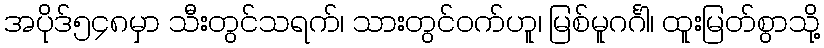
အပိုဒ်၅၄၈မှာ သီးတွင်သရက်၊ သားတွင်ဝက်ဟူ၊ မြစ်မူဂင်္ဂါ၊ ထူးမြတ်စွာသို့